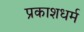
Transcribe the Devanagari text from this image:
प्रकाशधर्म